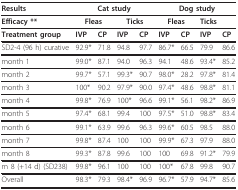
| Results | <COLSPAN=4> Cat study | <COLSPAN=4> Dog study |
 | --- | --- | --- | --- | --- | --- | --- | --- | --- |
 | Efficacy ** | <COLSPAN=2> Fleas | <COLSPAN=2> Ticks | <COLSPAN=2> Fleas | <COLSPAN=2> Ticks |
 | Treatment group | IVP | CP | IVP | CP | IVP | CP | IVP | CP |
 | SD2-4 (96 h) curative | 92.9* | 71.8 | 94.8 | 97.7 | 86.7* | 66.5 | 79.9 | 86.6 |
 | month 1 | 99.0* | 87.1 | 94.0 | 96.3 | 94.1 | 48.6 | 93.4* | 85.2 |
 | month 2 | 99.7* | 57.1 | 99.3* | 90.7 | 98.0* | 28.2 | 97.8* | 81.4 |
 | month 3 | 100* | 90.2 | 97.9* | 90.0 | 97.4* | 48.6 | 98.8* | 81.1 |
 | month 4 | 99.8* | 76.9 | 100* | 96.6 | 99.1* | 56.1 | 98.2* | 86.9 |
 | month 5 | 97.4* | 68.1 | 99.4 | 100 | 97.5* | 51.0 | 98.8* | 83.4 |
 | month 6 | 99.1* | 63.9 | 99.6 | 96.3 | 99.6* | 60.5 | 98.5 | 88.0 |
 | month 7 | 99.8* | 87.4 | 100 | 100 | 99.9* | 67.3 | 97.9 | 88.0 |
 | month 8 | 99.3* | 87.8 | 99.6 | 100 | 100 | 69.8 | 91.2* | 79.9 |
 | m 8 (+14 d) (SD238) | 99.8* | 96.1 | 100 | 100 | 100* | 67.8 | 99.8 | 90.7 |
 | Overall | 98.3* | 79.3 | 98.4* | 96.9 | 96.7* | 57.9 | 94.7* | 85.6 |